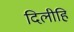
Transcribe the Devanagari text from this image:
दिलीहि